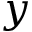
\boldsymbol { y }